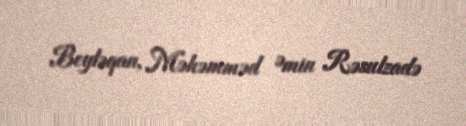
Beyləqan, Məhəmməd Əmin Rəsulzadə